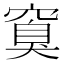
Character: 𬔏